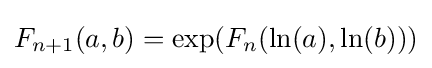
F_{n+1}(a,b)=\exp(F_{n}(\ln(a),\ln(b)))